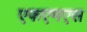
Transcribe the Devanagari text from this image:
एफएमएस